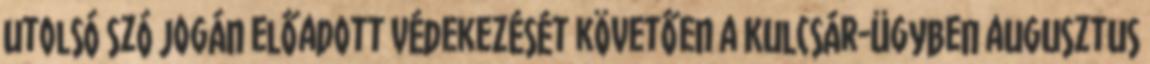
utolsó szó jogán előadott védekezését követően a Kulcsár-ügyben augusztus